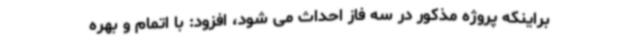
براینکه پروژه مذکور در سه فاز احداث می شود، افزود: با اتمام و بهره